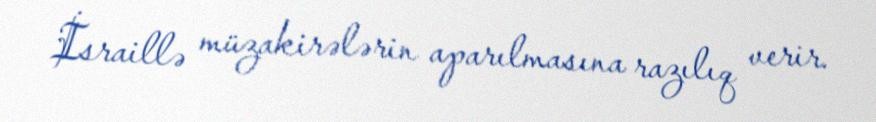
İsraillə müzakirələrin aparılmasına razılıq verir.